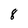
Character: 8